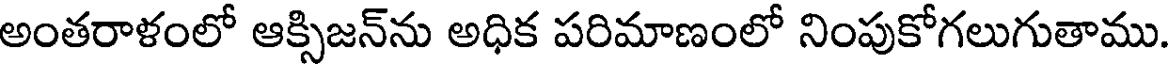
అంతరాళంలో ఆక్సిజన్ను అధిక పరిమాణంలో నింపుకోగలుగుతాము